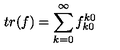
t r ( f ) = \sum _ { k = 0 } ^ { \infty } f _ { k 0 } ^ { k 0 }